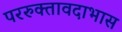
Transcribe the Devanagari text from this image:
पररुक्तावदाभास